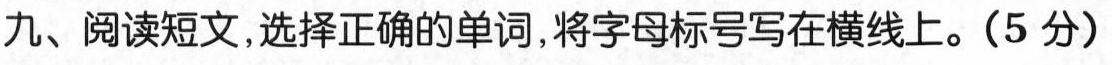
九、阅读短文,选择正确的单词,将字母标号写在横线上.(5 分)